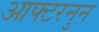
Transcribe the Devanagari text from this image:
आफ्टरनुन